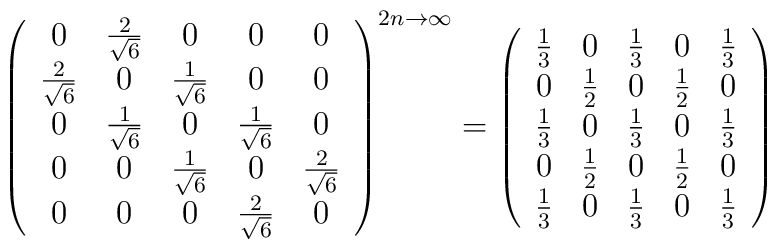
\left( \begin{array}{ccccc}0 & \frac 2{\sqrt{6}} & 0 & 0 & 0 \\ \frac 2{\sqrt{6}} & 0 & \frac 1{\sqrt{6}} & 0 & 0 \\ 0 & \frac 1{\sqrt{6}} & 0 & \frac 1{\sqrt{6}} & 0 \\0 & 0 & \frac 1{\sqrt{6}} & 0 & \frac 2{\sqrt{6}} \\0 & 0 & 0 & \frac 2{\sqrt{6}} & 0 \\\end{array}\right) ^{2n \rightarrow \infty }=\left( \begin{array}{ccccc}\frac 13 & 0 & \frac 13 & 0 & \frac 13 \\ 0 & \frac 12 & 0 & \frac 12 & 0 \\\frac 13 & 0 & \frac 13 & 0 & \frac 13 \\ 0 & \frac 12 & 0 & \frac 12 & 0 \\\frac 13 & 0 & \frac 13 & 0 & \frac 13 \\\end{array}\right)